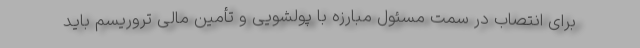
برای انتصاب در سمت مسئول مبارزه با پولشویی و تأمین مالی تروریسم باید